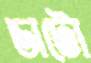
ডাটো